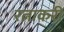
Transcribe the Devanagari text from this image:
रत्नाकरी